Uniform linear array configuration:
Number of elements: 16
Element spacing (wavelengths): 1
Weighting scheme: exponential
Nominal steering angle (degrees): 0
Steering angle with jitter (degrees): -1.947
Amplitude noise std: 0.05
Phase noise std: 0.05

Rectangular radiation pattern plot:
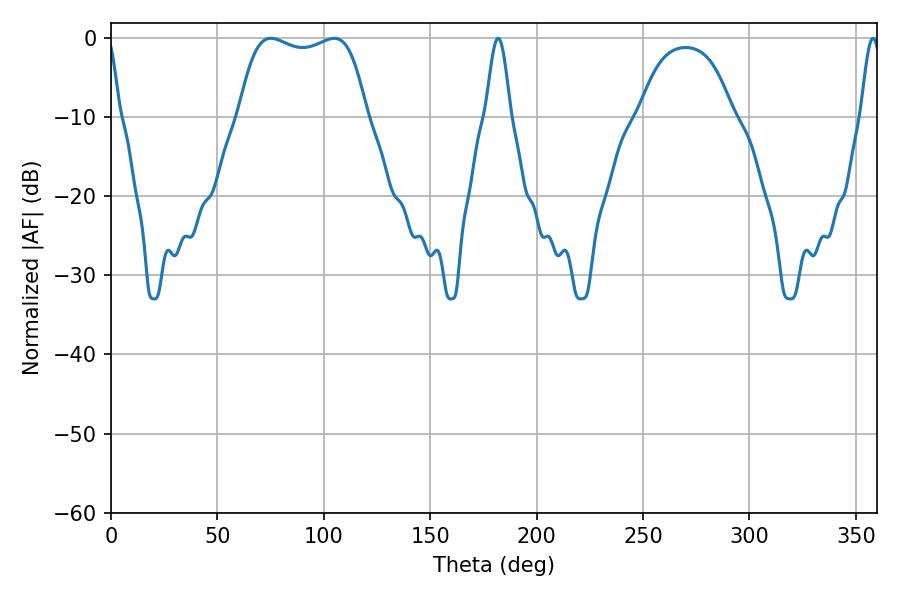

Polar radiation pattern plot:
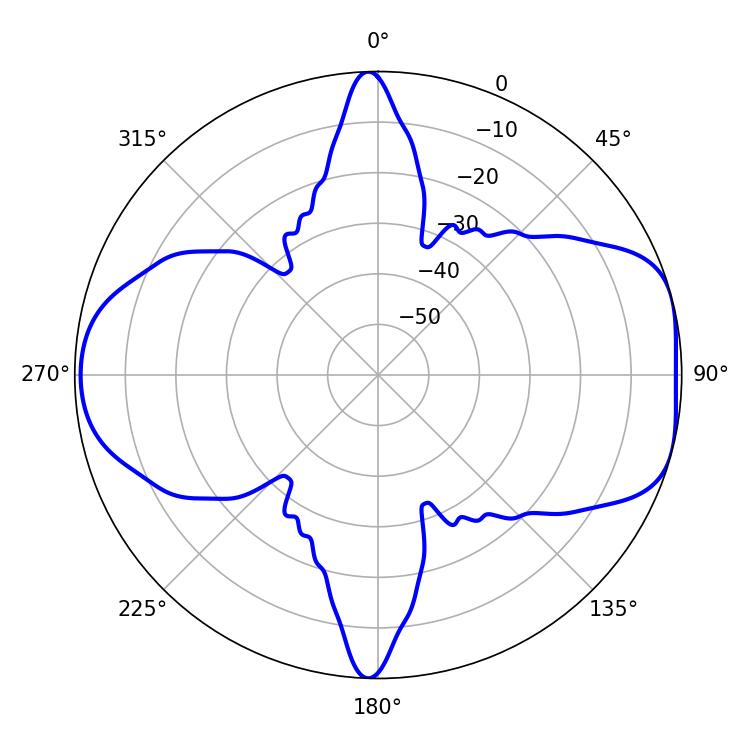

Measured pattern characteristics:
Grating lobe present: TRUE
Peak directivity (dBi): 7.506
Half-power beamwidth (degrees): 48.24
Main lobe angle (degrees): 75.06